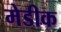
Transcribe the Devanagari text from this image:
मेडीक